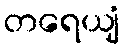
တရေယျံ